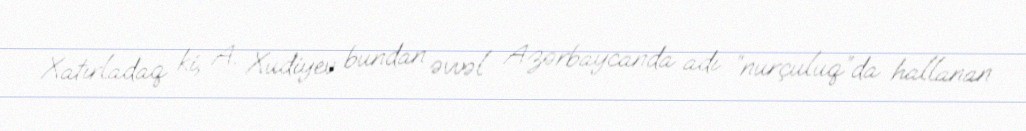
Xatırladaq ki, A. Xudiyev bundan əvvəl Azərbaycanda adı “nurçuluq”da hallanan